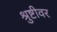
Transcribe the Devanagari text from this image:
श्रुष्टीवर